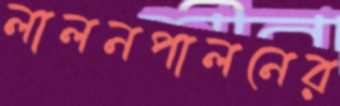
লালনপালনের